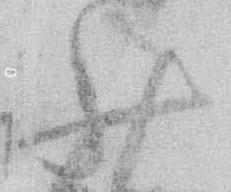
少